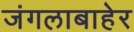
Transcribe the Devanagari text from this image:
जंगलाबाहेर